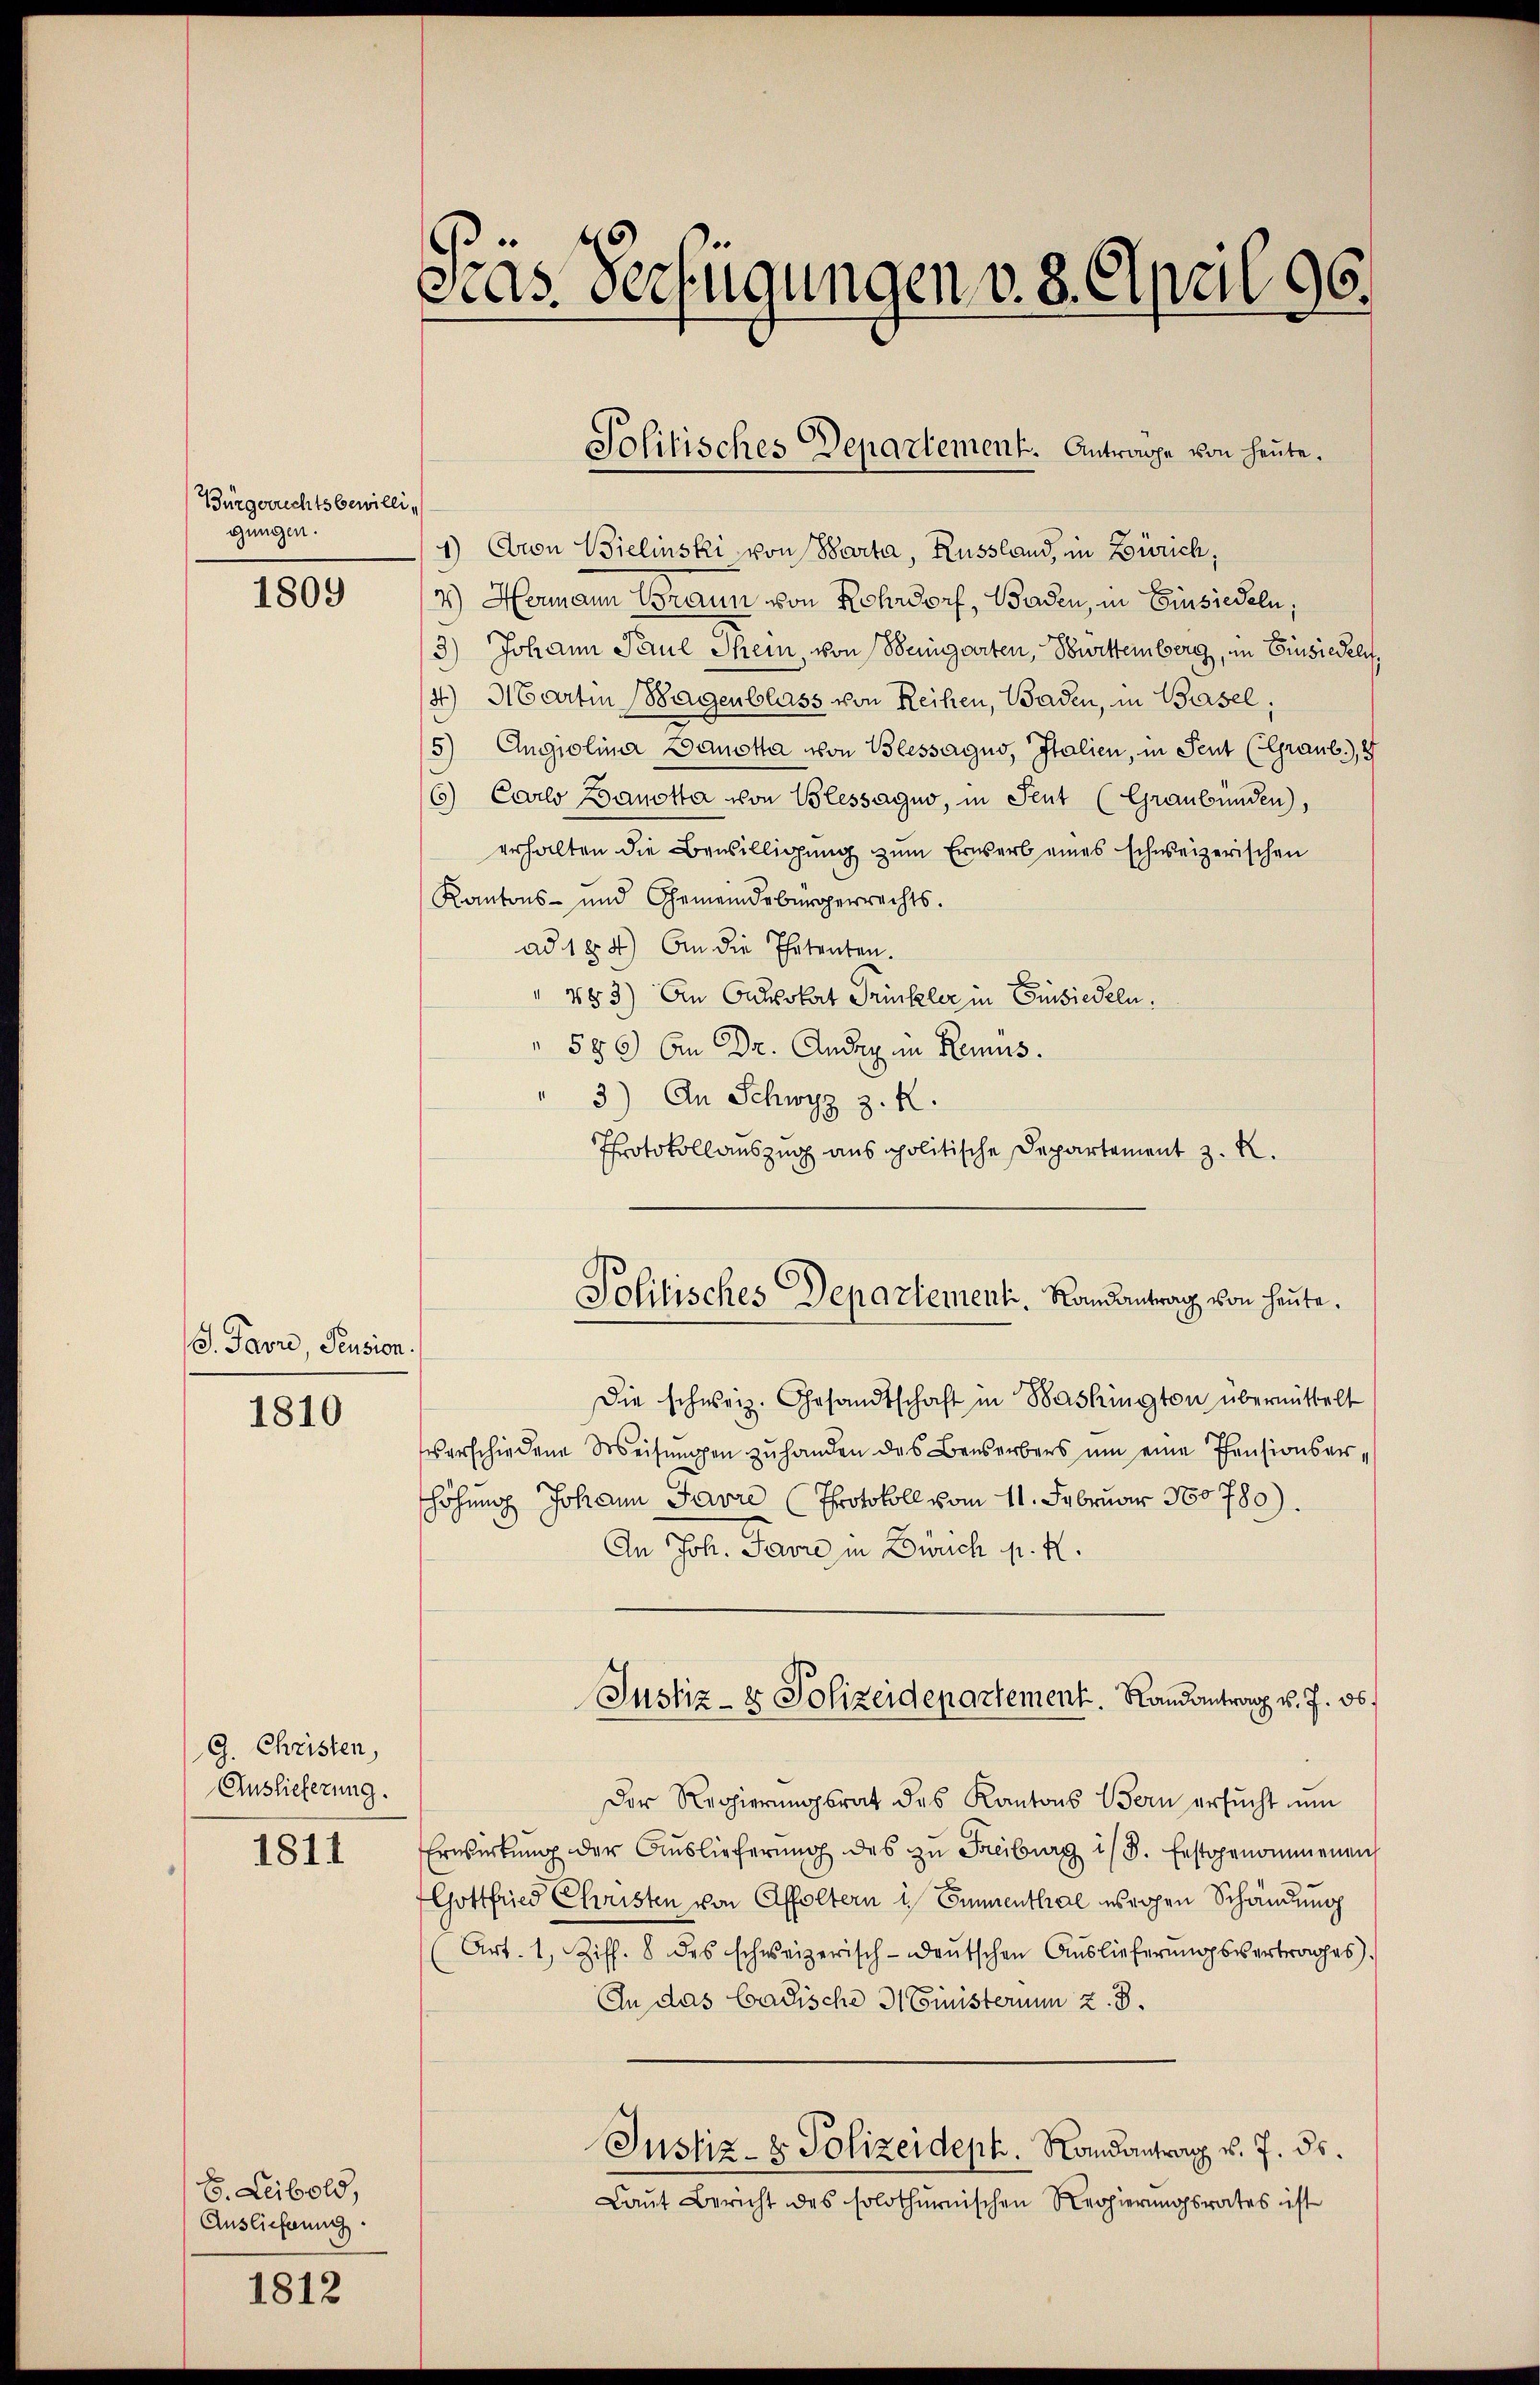
Bürgerrechtsbewilligungen.

1809

J. Favre, Pension.
1810

G. Christen,
Auslieferung.

1811

S. Leibold,
Auslieferung.

1812

cas. Verfügungen v. 8. April 96.

1) Aron Bielinski von Barta, Russland, in Zürich,
2) Hermann Braun von Rohrdorf, Baden, in Einsiedeln;
3) Johann Paul Thein, von Beigarten, Burttemberg, im Einsiedeln,
4) Martin Bagenblass von Reihen, Baden, in Basel;
5) Angiolina Banotta von Blessaguo, Italien, in Teut (Graub.), 4
6) Carlo Banotta von Plessaguo, in Sent (Graubünden),
erhalten die Bewilligung zum Erwerb eines schweizerischen
Kantons- und Gemeindebürgerrechts.
ad 184) An die Thatenten.
" 483) An Onklokat Trinkler in Einsiedeln.
 580 bin Dr. Ander in Remus.
" 3) An Schwyz z. K.
Protokollauszug aus politische Departement z. R.
Die schweiz. Gesandtschaft in Bashington übermittelt
verschiedene Weisŭngen zŭ handen das Besorbers um eine Pensionserhöhung Johann Favre (Protokoll vom 11. Februar 180780).
An Joh. Javre in Bruch p. N.
Justiz- & Polizeidepartement. Randantrag v. J. ob
Der Regierungsrat des Kantons Bern ersŭcht um
Erwirkung der Auslieferung des zu Freiburg ist. festgenommenen
Gottfried Christen von Affoltern in Emmenthal wegen Schändung
Art. 1, Ziff. 8 des schweizerisch-deŭtschen Aŭslieferŭngsvertrages.
An das Badische Ministerium z. B.
Justiz- & Polizeideph. Randantrag v. 7. ds.
Laut Bericht des solothurnischen Regierungsrates ist

Solitisches Departement. Antrage von heute.

Politisches Departementi, Landantrag von heute.